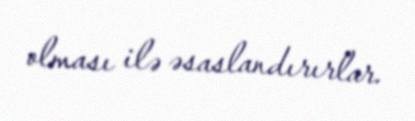
olması ilə əsaslandırırlar.